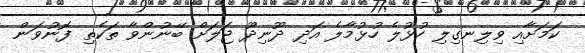
ކަމަށާއި ވިލިނގިލި ހުޅުލެ ހުޅުމާލެ އަދި ދޫނިދޫ ޖަލަށް ބޭނުންވާ ތަކެތި ފޮނުވަން